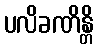
ပလိခဏိန္တိ